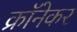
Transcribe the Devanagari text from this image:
क्रॉनेकर